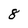
Character: 8